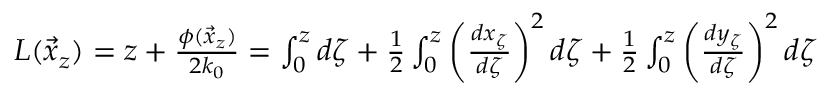
\begin{array} { r } { L ( \vec { x } _ { z } ) = z + \frac { \phi ( \vec { x } _ { z } ) } { 2 k _ { 0 } } = \int _ { 0 } ^ { z } d \zeta + \frac { 1 } { 2 } \int _ { 0 } ^ { z } \left( \frac { d x _ { \zeta } } { d \zeta } \right) ^ { 2 } d \zeta + \frac { 1 } { 2 } \int _ { 0 } ^ { z } \left( \frac { d y _ { \zeta } } { d \zeta } \right) ^ { 2 } d \zeta } \end{array}